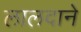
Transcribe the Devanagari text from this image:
लालदाने